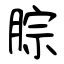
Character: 腙